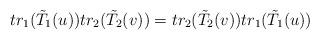
LaTeX: \begin{align*}tr_{1}(\tilde T_{1}(u) )tr_{2}(\tilde T_{2}(v) )=tr_{2}(\tilde T_{2}(v) )tr_{1}( \tilde T_{1}(u) )\end{align*}